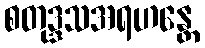
စတုဒ္ဒသအရဟန္တေ